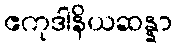
ဧကုဒါနိယဆန္နာ